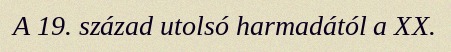
A 19. század utolsó harmadától a XX.